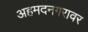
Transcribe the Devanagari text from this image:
अहमदनगरावर